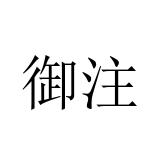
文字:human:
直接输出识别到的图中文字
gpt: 御注